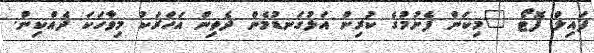
ފައިލް ފޮޓޯ "މިކަން ފެށުމުގެ ކުރިން އަޅުގަނޑުމެން ދެތިން އަހަރަކު މިވާހަކަ ދެއްކިން.